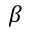
\beta